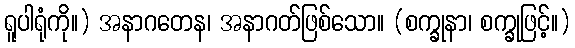
ရူပါရုံကို။) အနာဂတေန၊ အနာဂတ်ဖြစ်သော။ (စက္ခုနာ၊ စက္ခုဖြင့်။)